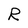
Character: R